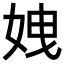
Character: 𡜄